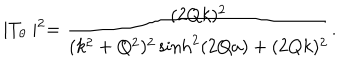
LaTeX: \mid T _ { \theta } \mid ^ { 2 } = \frac { ( 2 Q k ) ^ { 2 } } { ( k ^ { 2 } + Q ^ { 2 } ) ^ { 2 } \sinh ^ { 2 } ( 2 Q a ) + ( 2 Q k ) ^ { 2 } } .